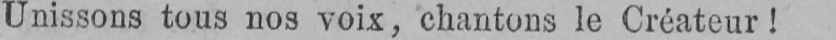
Unissons tous nos voix, chantons le Créateur!